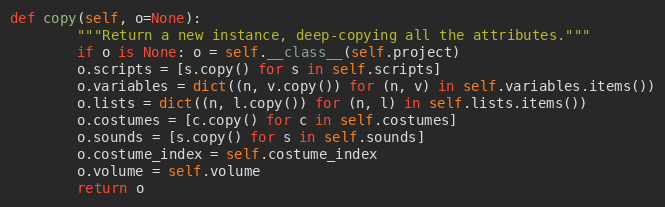
Language: Python
def copy(self, o=None):
        """Return a new instance, deep-copying all the attributes."""
        if o is None: o = self.__class__(self.project)
        o.scripts = [s.copy() for s in self.scripts]
        o.variables = dict((n, v.copy()) for (n, v) in self.variables.items())
        o.lists = dict((n, l.copy()) for (n, l) in self.lists.items())
        o.costumes = [c.copy() for c in self.costumes]
        o.sounds = [s.copy() for s in self.sounds]
        o.costume_index = self.costume_index
        o.volume = self.volume
        return o